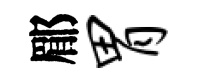
郿胃